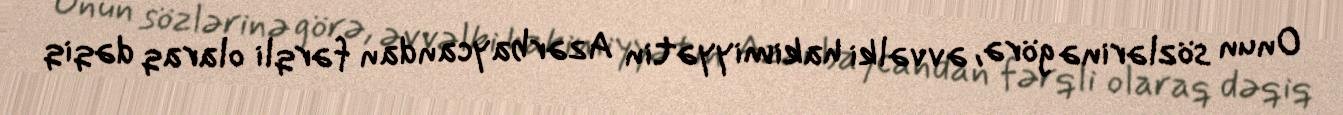
Onun sözlərinə görə, əvvəlki hakimiyyətin Azərbaycandan fərqli olaraq dəqiq